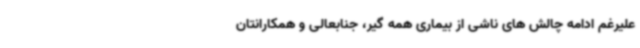
علیرغم ادامه چالش های ناشی از بیماری همه گیر، جنابعالی و همکارانتان